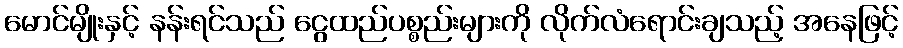
မောင်မျိုးနှင့် နန်းရင်သည် ငွေထည်ပစ္စည်းများကို လိုက်လံရောင်းချသည့် အနေဖြင့်